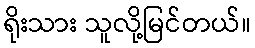
ရိုးသား သူလို့မြင်တယ်။